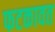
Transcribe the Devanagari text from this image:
फटकावत